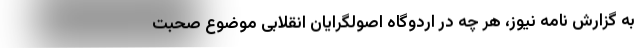
به گزارش نامه نیوز، هر چه در اردوگاه اصولگرایان انقلابی موضوع صحبت